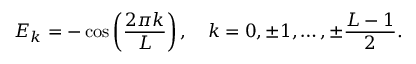
E _ { k } = - \cos \left( \frac { 2 \pi k } { L } \right) , \quad k = 0 , \pm 1 , \ldots , \pm \frac { L - 1 } { 2 } .